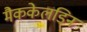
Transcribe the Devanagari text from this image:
मैककेलडिन